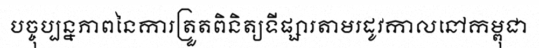
បច្ចុប្បន្នភាពនៃការត្រួតពិនិត្យទីផ្សារតាមរដូវកាលនៅកម្ពុជា